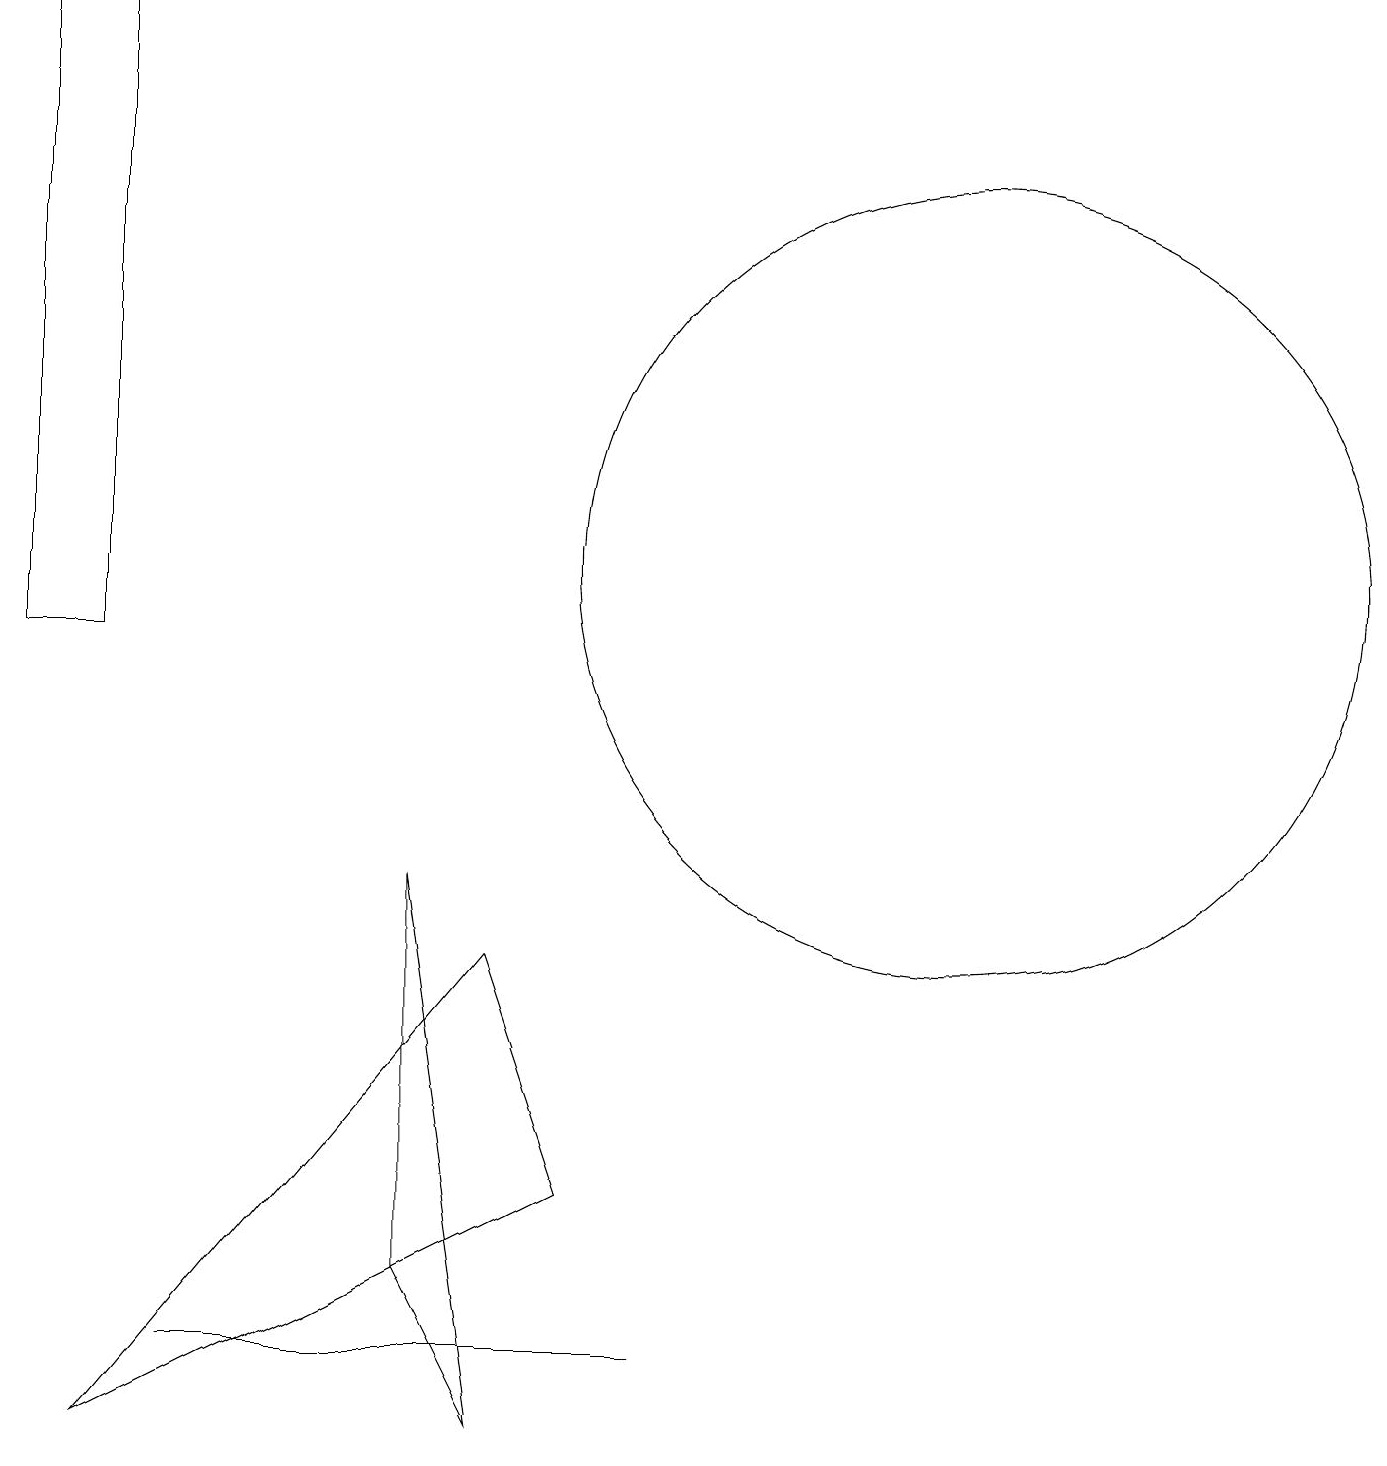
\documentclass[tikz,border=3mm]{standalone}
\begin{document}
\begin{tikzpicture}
\draw (1,11) rectangle (0,19);
\draw (6,1) -- (5,3) -- (5,8) -- cycle;
\draw (1,1) -- (7,4) -- (6,7) -- cycle;
\draw (12,12) circle (5);
\draw (8,2) -- (2,2) -- (2,2) -- cycle;
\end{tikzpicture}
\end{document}